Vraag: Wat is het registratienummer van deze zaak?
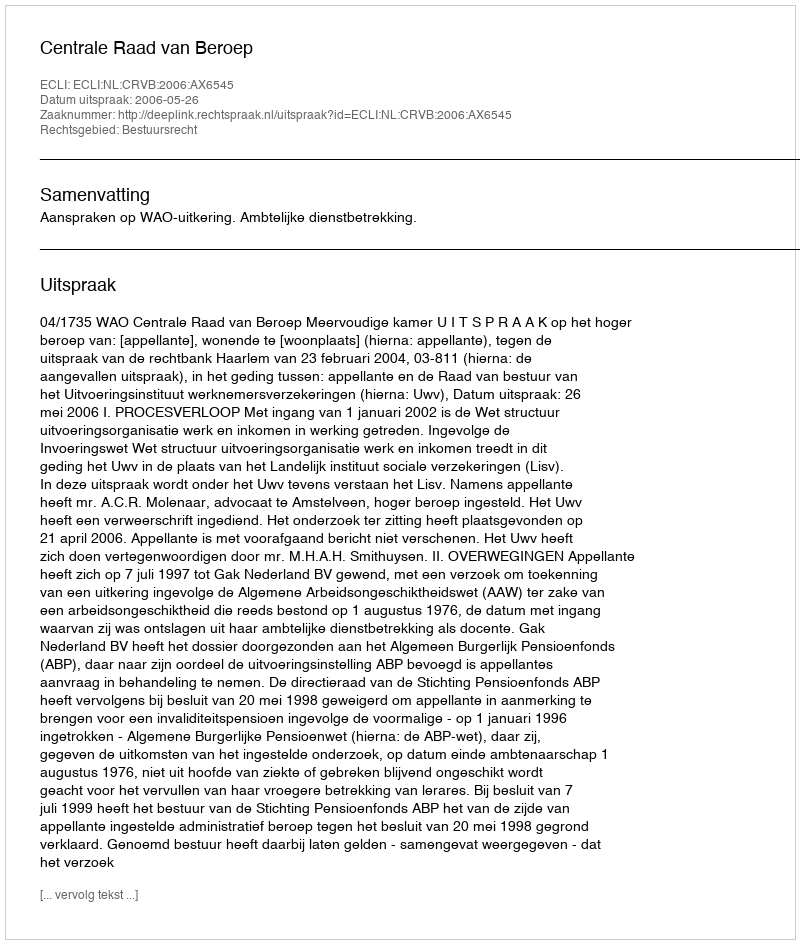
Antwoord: http://deeplink.rechtspraak.nl/uitspraak?id=ECLI:NL:CRVB:2006:AX6545